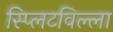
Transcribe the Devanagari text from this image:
स्प्लिटविल्ला